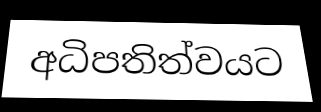
අධිපතිත්වයට